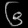
Digit: ၆